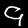
Label: 9